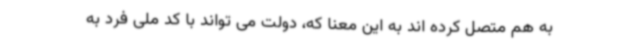
به هم متصل کرده اند به این معنا که، دولت می تواند با کد ملی فرد به